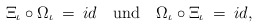
\begin{align*}\Xi_{\iota } \circ \Omega_{\iota } \: = \: id \quad \mbox{und} \quad \Omega_{\iota } \circ \Xi_{\iota } \: = \: id ,\end{align*}